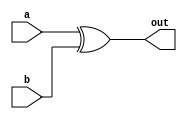
module sixteen_bit_xor(a,b,out);

	input [15:0] a,b;
	output [15:0] out;
	
	assign out = a ^ b;
	
endmodule